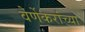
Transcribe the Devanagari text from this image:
वेर्णेकरांच्या